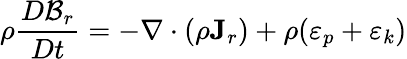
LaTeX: \rho\frac{D{\cal B}_{r}}{Dt}=-\nabla\cdot(\rho{\mathbf J}_{r})+\rho(\varepsilon_{p}+\varepsilon_{k})